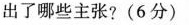
出了哪些主张？（6分）